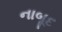
નાબૂદ